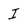
Character: I